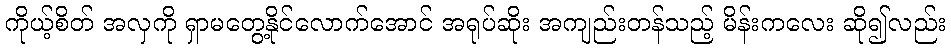
ကိုယ့်စိတ် အလှကို ရှာမတွေ့နိုင်လောက်အောင် အရုပ်ဆိုး အကျည်းတန်သည့် မိန်းကလေး ဆို၍လည်း